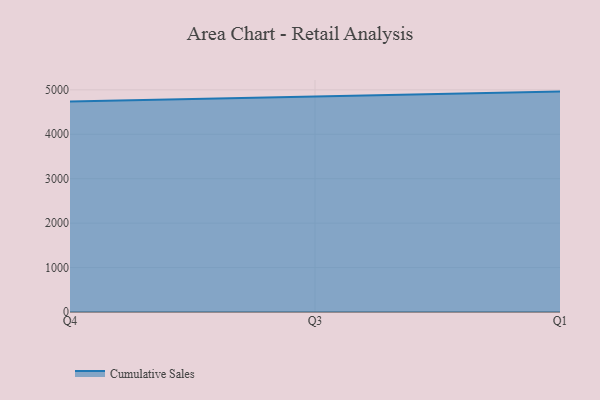
{"axis": {"x": "Quarter", "y": "Net Income (USD K)"}, "legend": ["Cumulative Sales"], "data": [{"x": "Q4", "y": 4738.9, "type": "Cumulative Sales"}, {"x": "Q3", "y": 4845.0, "type": "Cumulative Sales"}, {"x": "Q1", "y": 4960.6, "type": "Cumulative Sales"}]}